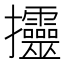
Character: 𢺰